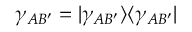
\gamma _ { A B ^ { \prime } } = | \gamma _ { A B ^ { \prime } } \rangle \langle \gamma _ { A B ^ { \prime } } |